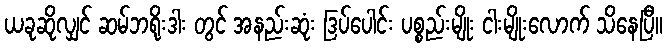
ယခုဆိုလျှင် ဆမ်ဘရိုးဒါး တွင် အနည်းဆုံး ဒြပ်ပေါင်း ပစ္စည်းမျိုး ငါးမျိုးလောက် သိနေပြီ။